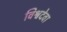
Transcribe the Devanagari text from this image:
विश्वदेवा